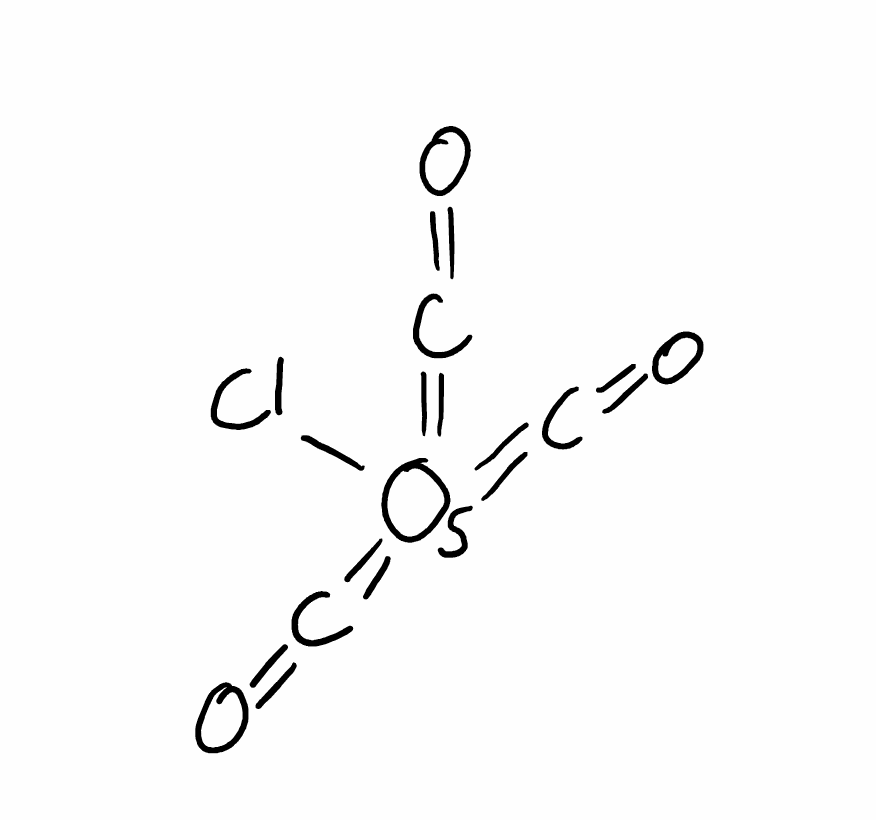
Simplified molecular-input line-entry system (SMILES) notation of the given molecule:
C(=O)=[Os](=C=O)(=C=O)Cl